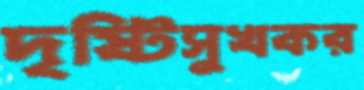
দৃষ্টিসুখকর